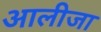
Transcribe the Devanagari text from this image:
आलीजा